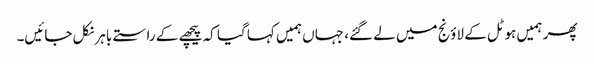
پھر ہمیں ہوٹل کے لاؤنج میں لے گئے، جہاں ہمیں کہا گیا کہ پیچھے کے راستے باہر نکل جائیں۔